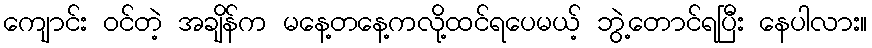
ကျောင်း ဝင်တဲ့ အချိန်က မနေ့တနေ့ကလို့ထင်ရပေမယ့် ဘွဲ့တောင်ရပြီး နေပါလား။